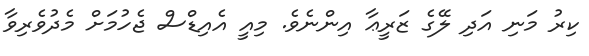
ކިރު މަނި އަދި ލޭގެ ޒަރީޢާ އިންނެވެ. މިއީ އެއިޑްސް ޖެހުމަށް މެދުވެރިވާ